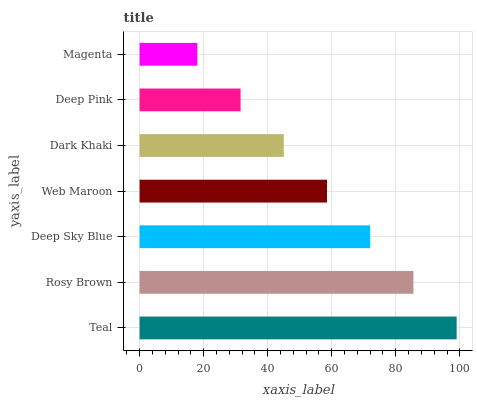
| yaxis_label | bars |
 | --- | --- |
 | Teal | 99 |
 | Rosy Brown | 85.5 |
 | Deep Sky Blue | 72 |
 | Web Maroon | 58.5 |
 | Dark Khaki | 45 |
 | Deep Pink | 31.5 |
 | Magenta | 18 |